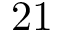
2 1